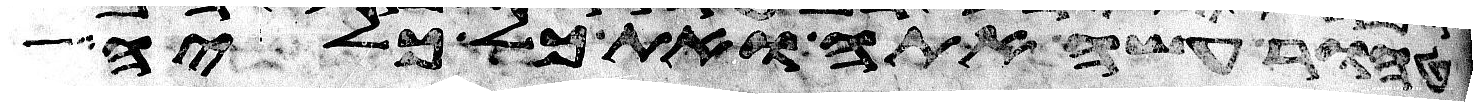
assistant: טהור עשה אתה ואת כל כליה